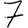
Digit: 7